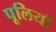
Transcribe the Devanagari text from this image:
पूलियाँ